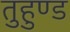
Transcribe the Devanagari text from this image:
तुहुण्ड